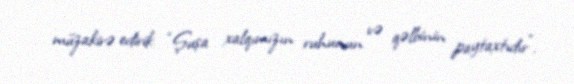
müzakirə edirik: “Şuşa xalqımızın ruhunun və qəlbinin paytaxtıdır”.